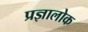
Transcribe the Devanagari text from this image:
प्रज्ञालोक